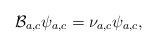
LaTeX: \begin{align*}\mathcal B_{a,c}\psi_{a,c} = \nu_{a,c}\psi_{a,c},\end{align*}